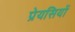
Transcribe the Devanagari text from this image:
प्रेयसियों